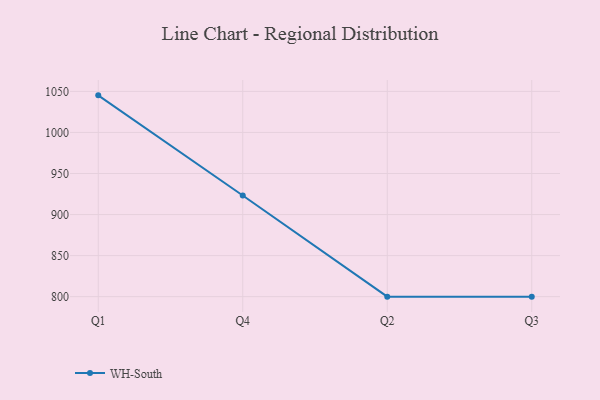
{"axis": {"x": "Quarter", "y": "Operating Costs (USD K)"}, "legend": ["WH-South"], "data": [{"x": "Q1", "y": 1045.2, "type": "WH-South"}, {"x": "Q4", "y": 923.2, "type": "WH-South"}, {"x": "Q2", "y": 800, "type": "WH-South"}, {"x": "Q3", "y": 800, "type": "WH-South"}]}